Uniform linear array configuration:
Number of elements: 24
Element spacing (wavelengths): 1
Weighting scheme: exponential
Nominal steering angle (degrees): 60
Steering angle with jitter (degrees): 61.735
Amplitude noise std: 0.05
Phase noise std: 0.05

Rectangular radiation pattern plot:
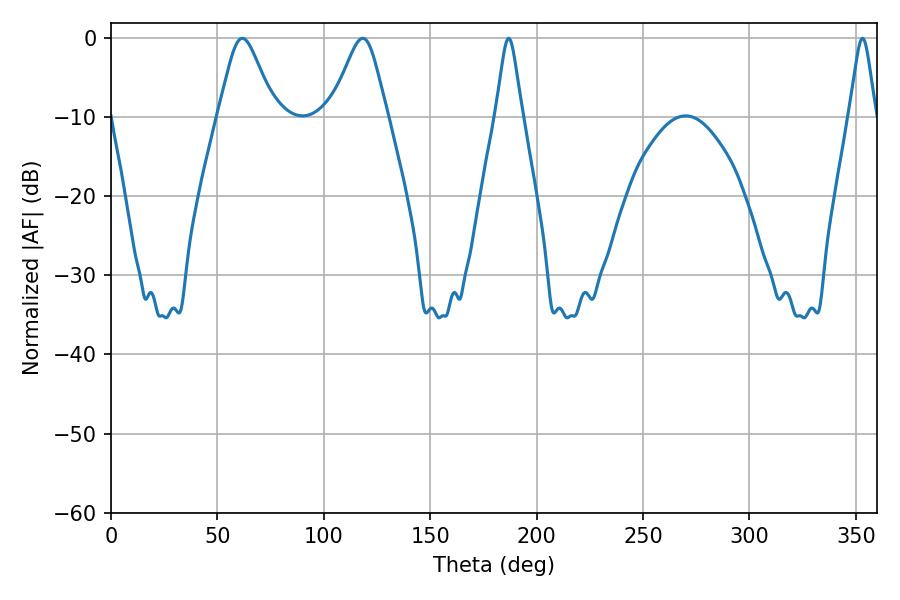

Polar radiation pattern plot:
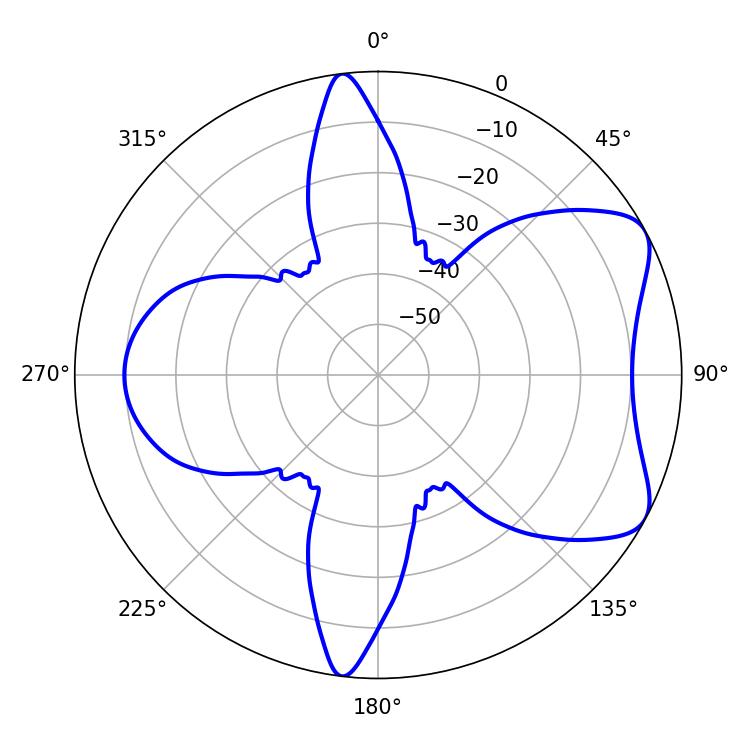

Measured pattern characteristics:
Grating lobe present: TRUE
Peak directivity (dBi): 6.734
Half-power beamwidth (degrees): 12.78
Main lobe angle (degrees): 61.74